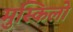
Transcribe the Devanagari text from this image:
मुस्किलो